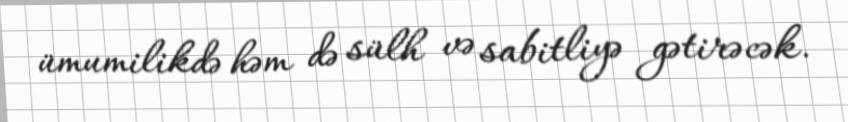
ümumilikdə həm də sülh və sabitliyə gətirəcək.